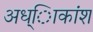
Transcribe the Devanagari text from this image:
अध्ािकांश